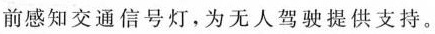
前感知交通信号灯，为无人驾驶提供支持。